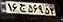
۱۶ج۵۶۹۵۳